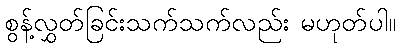
စွန့်လွှတ်ခြင်းသက်သက်လည်း မဟုတ်ပါ။